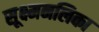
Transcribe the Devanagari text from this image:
सूक्ष्मनलिका